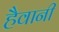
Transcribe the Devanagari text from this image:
हैवानी